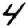
Digit: 4